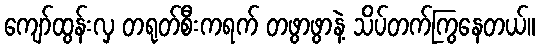
ကျော်ထွန်းလှ တရုတ်စီးကရက် တဖွာဖွာနဲ့ သိပ်တက်ကြွနေတယ်။